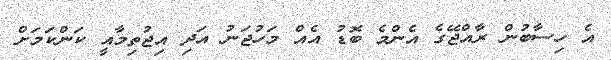
އެ ހިސާބުން ރާއްޖޭގެ އެންމެ ބޮޑު އެއް މަހުޖަނު އަދި އިޖުތިމާއީ ކަންކަމަށް